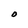
Character: O